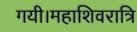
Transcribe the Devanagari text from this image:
गयी।महाशिवरात्रि